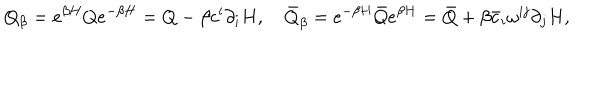
Q _ { \beta } = e ^ { \beta H } Q e ^ { - \beta H } = Q - \beta c ^ { i } \partial _ { i } H , \quad \bar { Q } _ { \beta } = e ^ { - \beta H } \bar { Q } e ^ { \beta H } = \bar { Q } + \beta \bar { c } _ { i } \omega ^ { i j } \partial _ { j } H ,